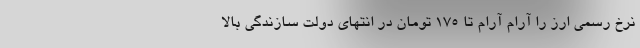
نرخ رسمی ارز را آرام آرام تا ۱۷۵ تومان در انتهای دولت سازندگی بالا